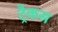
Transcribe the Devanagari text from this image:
ट्रैकस